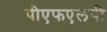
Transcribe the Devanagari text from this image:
पीएफएलपी